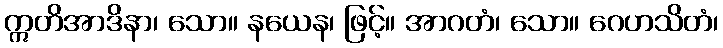
ဣတိအာဒိနာ၊ သော။ နယေန၊ ဖြင့်။ အာဂတံ၊ သော။ ဂေဟသိတံ၊